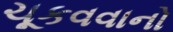
ચૂકવવાનો